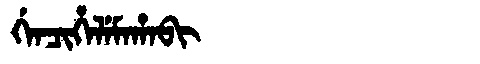
Manchu: ᡤᡝᠨᠴᡳᡥᡝᠯᡝᠮᠠᡥᠠᠪᡳ
Romanization: GENCIHELEMAHABI